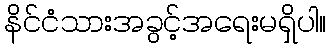
နိင်ငံသားအခွင့်အရေးမရှိပါ။